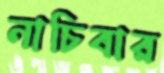
নাচিবার